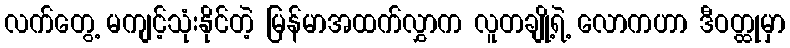
လက်တွေ့ မကျင့်သုံးနိုင်တဲ့ မြန်မာအထက်လွှာက လူတချို့ရဲ့ လောကဟာ ဒီဝတ္ထုမှာ